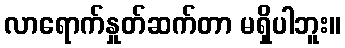
လာရောက်နှုတ်ဆက်တာ မရှိပါဘူး။